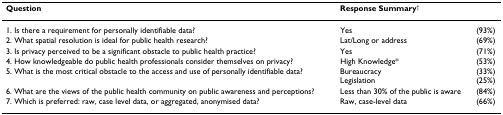
<table><thead><tr><td><b>Question</b></td><td colspan="2"><b>Response Summary<sup>†</sup></b></td></tr></thead><tbody><tr><td>1. Is there a requirement for personally identifiable data?</td><td>Yes</td><td>(93%)</td></tr><tr><td>2. What spatial resolution is ideal for public health research?</td><td>Lat/Long or address</td><td>(69%)</td></tr><tr><td>3. Is privacy perceived to be a significant obstacle to public health practice?</td><td>Yes</td><td>(71%)</td></tr><tr><td>4. How knowledgeable do public health professionals consider themselves on privacy?</td><td>High Knowledge*</td><td>(53%)</td></tr><tr><td>5. What is the most critical obstacle to the access and use of personally identifiable data?</td><td>BureaucracyLegislation</td><td>(33%)(25%)</td></tr><tr><td>6. What are the views of the public health community on public awareness and perceptions?</td><td>Less than 30% of the public is aware</td><td>(84%)</td></tr><tr><td>7. Which is preferred: raw, case level data, or aggregated, anonymised data?</td><td>Raw, case-level data</td><td>(66%)</td></tr></tbody></table>